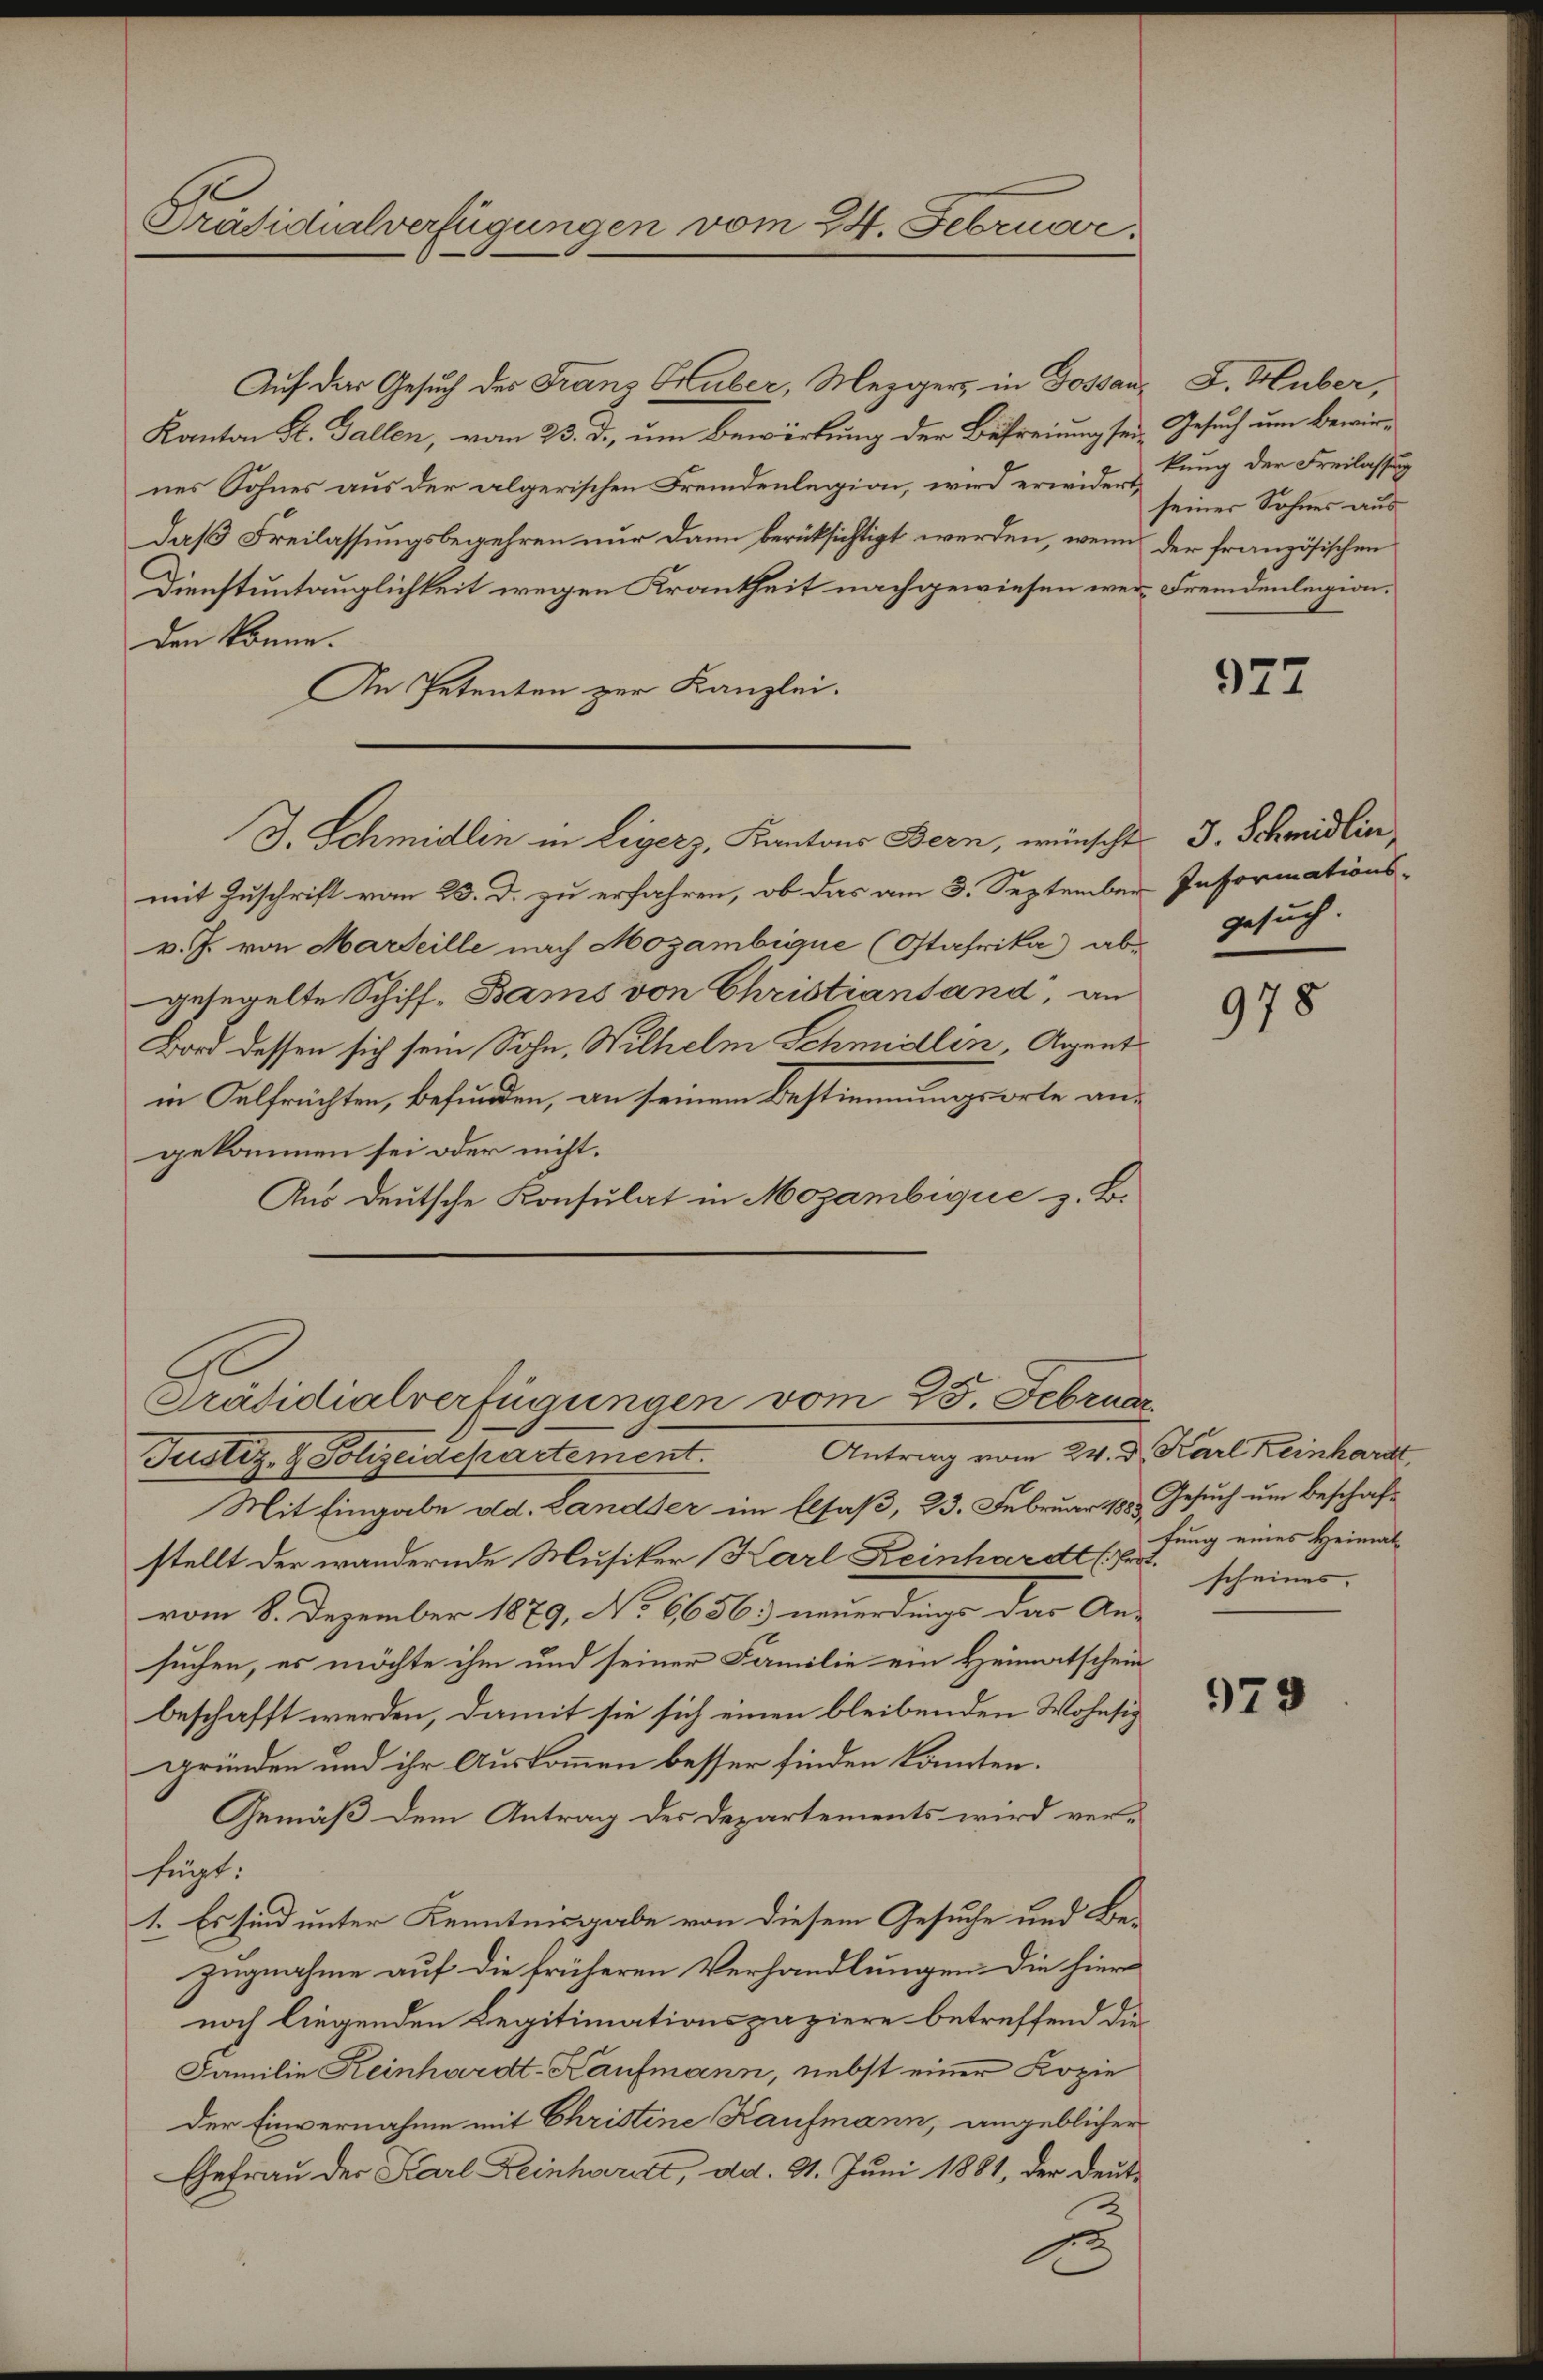
Präsidialverfügungen vom 24. Februar.

Auf der Gesuch des Franz Gruber, Mezgers in Gossan¬
Kanton St. Gallen, vom 23. d., um Bewirkung der Befreiung seines Sohnes aus der algerischen Fremdenlegion, wird erwidert,
daß Freilassungsbegehren nur dann berücksichtigt werden, wenn
Dienstuntauglichkeit wegen Krankheit nachgewiesen werden könne.
An Petenten zur Kanzlei.
mit Zuschrift vom 23. d. zu erfahren, ob das am 3. September Informations-
v. J. von Marteille nach Mozambigue (Otafrika) abgesegelte Schiff-Bams von Christiantand, an
Bard dessen sich sein Sohn, Wilhelm Schmidlin, Agent
in Oelfrüchten, befunden, an seinem Bestimmungsorte angekommen sei oder nicht.
Aus deutsche Konsulat in Mozambique z. B.
Präsidialverfügungen vom 25. Februar
Antrag vom 24. d. Karl Reinhardt
Justiz- & Polizeidepartement.
Mit Eingabe old. Land der im Elsaß, 23. Februar 1888. Gesuch um Beschafstellt der wandernde Musiker (Karl Reinhardt (hr. scheines
vom 8. Dezember 1879, No 66563 neuerdings das An-
suchen, es möchte ihm und seiner Familie ein Heimatschein
beschafft werden, damit sie sich einen bleibenden Wohnsich
gründen und ihr Auskommen besser finden könnten.
Gemäß dem Antrag des Departements wird verfügt:
1. Es sind unter Kenntnisgabe von diesem Gesuche und Bezugnahme auf die früheren Verhandlungen die hier
noch liegenden Legitimationspaziere betreffend die
Familie Keinhardt-Kaufmann, nebst einer Kopie
der Einvernahme mit Christine Kaufmann, angeblicher
Ehefrau der Karl Reinhardt, dd. 31. Juni 1881, der Deute

J. Schmidlin in Legerz, Kantons Bern, wünscht J. Schmidlin,

L. Huber,
Gesuch um Bewirkung der Freilassung
seiner Sohnes aus
der französischen
Fremdenlegion.

977

gesuch

978

fung eines Heimat

979